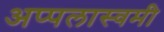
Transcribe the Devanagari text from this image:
अप्पलास्वमी